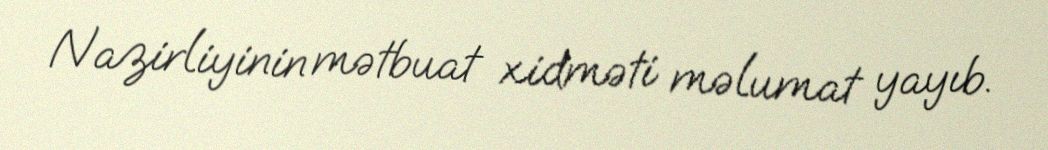
Nazirliyinin mətbuat xidməti məlumat yayıb.